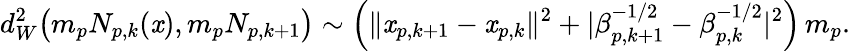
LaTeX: d_{W}^{2}\big(m_{p}N_{p,k}(\mathit{x}),m_{p}N_{p,k+1}\big)\sim\Big(\| \mathit{x}_{p,k+1}-\mathit{x}_{p,k}\| ^{2}+|\beta_{p,k+1}^{-1/2}-\beta_{p,k}^{-1/2}|^{2}\Big)\, m_{p}.